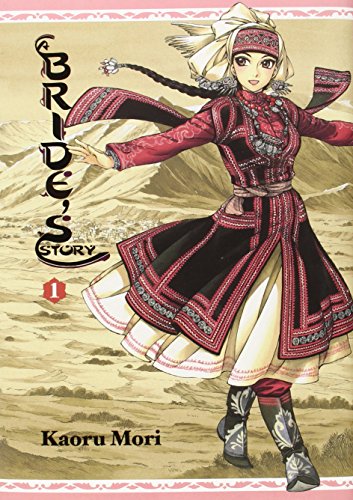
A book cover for A Bride's Story, Vol. 1; Comics & Graphic Novels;